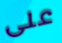
على